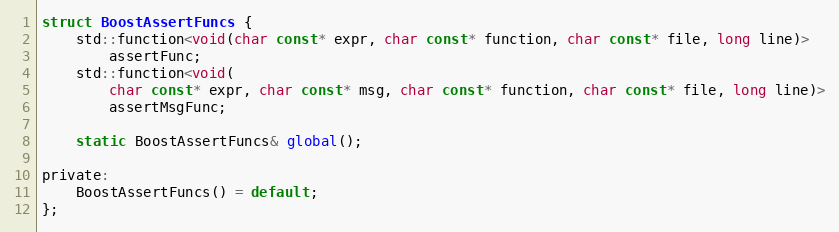
Language: C
struct BoostAssertFuncs {
    std::function<void(char const* expr, char const* function, char const* file, long line)>
        assertFunc;
    std::function<void(
        char const* expr, char const* msg, char const* function, char const* file, long line)>
        assertMsgFunc;

    static BoostAssertFuncs& global();

private:
    BoostAssertFuncs() = default;
};